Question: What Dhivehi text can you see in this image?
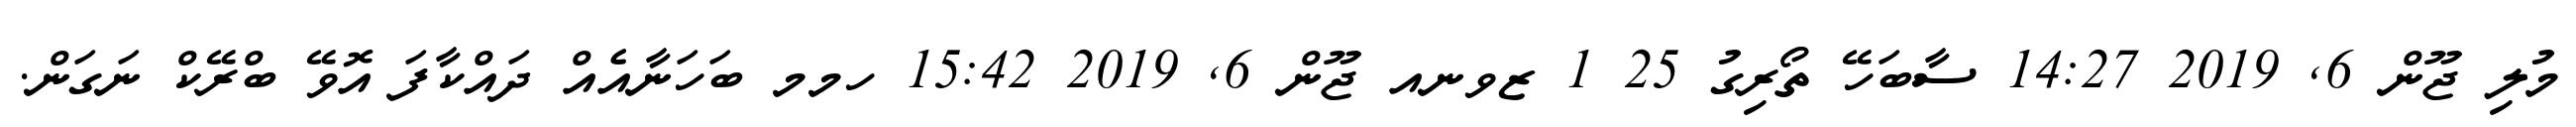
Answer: މުލި ޖޫން 6, 2019 14:27 ސާބަހޭ ތޯރިގު 25 1 ޒވނއ ޖޫން 6, 2019 15:42 ހމމ ބަހަނާއެއް ދައްކާފަ އޮވޭ ބްރޭކް ނަގަން.